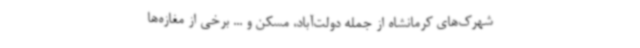
شهرک‌های کرمانشاه از جمله دولت‌آباد، مسکن و ... برخی از مغازه‌ها